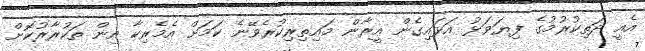
އެއީ ދަތިކުރުމުގެ ފިޔަވަޅު އަޅައިގެން އީރާން މައިތިރިކުރެވޭނެ ކަމަށް އެމެރިކާ އިން ތަކުރާރުކޮށް